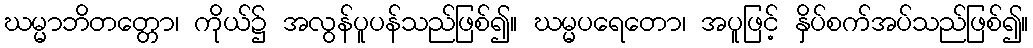
ဃမ္မာဘိတတ္တော၊ ကိုယ်၌ အလွန်ပူပန်သည်ဖြစ်၍။ ဃမ္မပရေတော၊ အပူဖြင့် နှိပ်စက်အပ်သည်ဖြစ်၍။